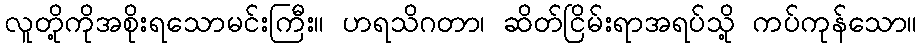
လူတို့ကိုအစိုးရသောမင်းကြီး။ ဟရသိဂတာ၊ ဆိတ်ငြိမ်းရာအရပ်သို့ ကပ်ကုန်သော။